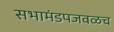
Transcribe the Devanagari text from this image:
सभामंडपजवळच